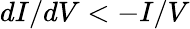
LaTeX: dI/dV<-I/V